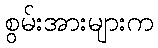
စွမ်းအားများက